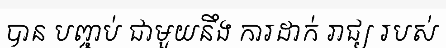
បាន បញ្ចប់ ជាមួយនឹង ការដាក់ រាជ្យ របស់